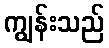
ကျွန်းသည်